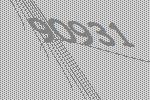
90931